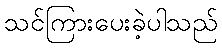
သင်ကြားပေးခဲ့ပါသည်